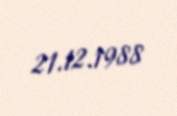
21.12.1988